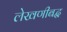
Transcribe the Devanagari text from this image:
लेखणीबद्ध